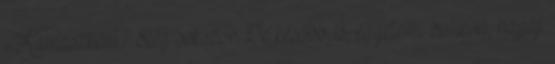
-Kamaszként? Elég sokszor. De később is, egyetemi bulikon, hajjaj.